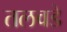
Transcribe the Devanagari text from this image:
तलवडे